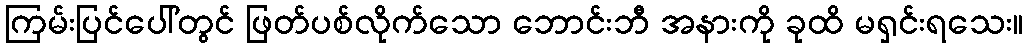
ကြမ်းပြင်ပေါ်တွင် ဖြတ်ပစ်လိုက်သော ဘောင်းဘီ အနားကို ခုထိ မရှင်းရသေး။